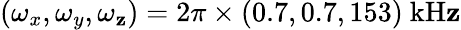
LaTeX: (\omega_{x},\omega_{y},\omega_{\mathbf{z}})=2\pi\times(0.7,0.7,153)~\mathrm{{{kH\mathbf{z}}}}